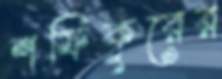
শফিকুরের